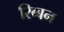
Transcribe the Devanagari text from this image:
रिब्बन